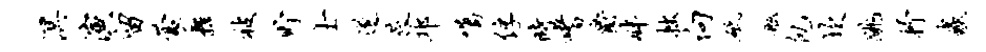
溟演留蒙舞被贮士遂蓉邛嘱俘时嗜爵畔拙向砥舷包坎跳抒虫